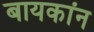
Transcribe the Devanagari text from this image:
बायकांन